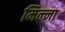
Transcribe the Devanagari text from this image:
मिल्ना